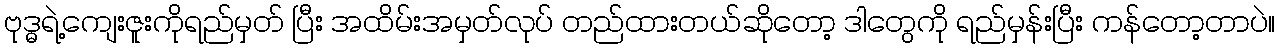
ဗုဒ္ဓရဲ့ကျေးဇူးကိုရည်မှတ် ပြီး အထိမ်းအမှတ်လုပ် တည်ထားတယ်ဆိုတော့ ဒါတွေကို ရည်မှန်းပြီး ကန်တော့တာပဲ။